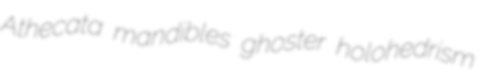
Athecata mandibles ghoster holohedrism